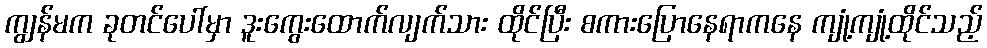
ကျွန်မက ခုတင်ပေါ်မှာ ဒူးကွေးထောက်လျက်သား ထိုင်ပြီး စကားပြောနေရာကနေ ကျုံ့ကျုံ့ထိုင်သည့်